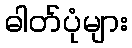
ဓါတ်ပုံများ